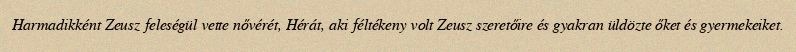
Harmadikként Zeusz feleségül vette nővérét, Hérát, aki féltékeny volt Zeusz szeretőire és gyakran üldözte őket és gyermekeiket.